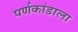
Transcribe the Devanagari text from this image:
पर्णकांडाला